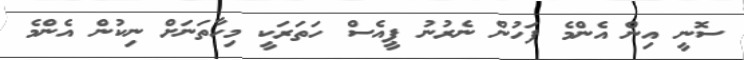
ސޮނީ އިން އެންމެ ފަހުން ނެރުނު ޕީއެސް ހަތަރަކީ މިހާތަނަށް ނިކުން އެންމެ